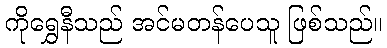
ကိုရွှေနီသည် အင်မတန်ပေသူ ဖြစ်သည်။